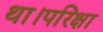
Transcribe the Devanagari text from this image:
था।परिक्षा